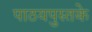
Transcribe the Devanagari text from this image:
पाठयपुस्तके